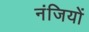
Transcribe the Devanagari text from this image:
नंजियों